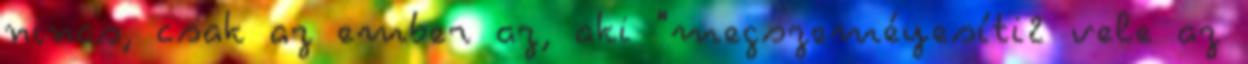
nincs, csak az ember az, aki "megszeméyesíti2 vele az